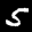
Label: 5